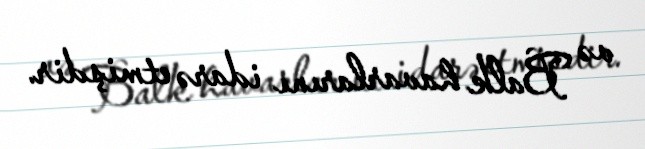
və Balk havarlarını idarə etmişdir.